DOW-UAP-D48, Department of the Air Force Report, 1996
Agency: Department of War
Incident date: 9/10/96
Page 15
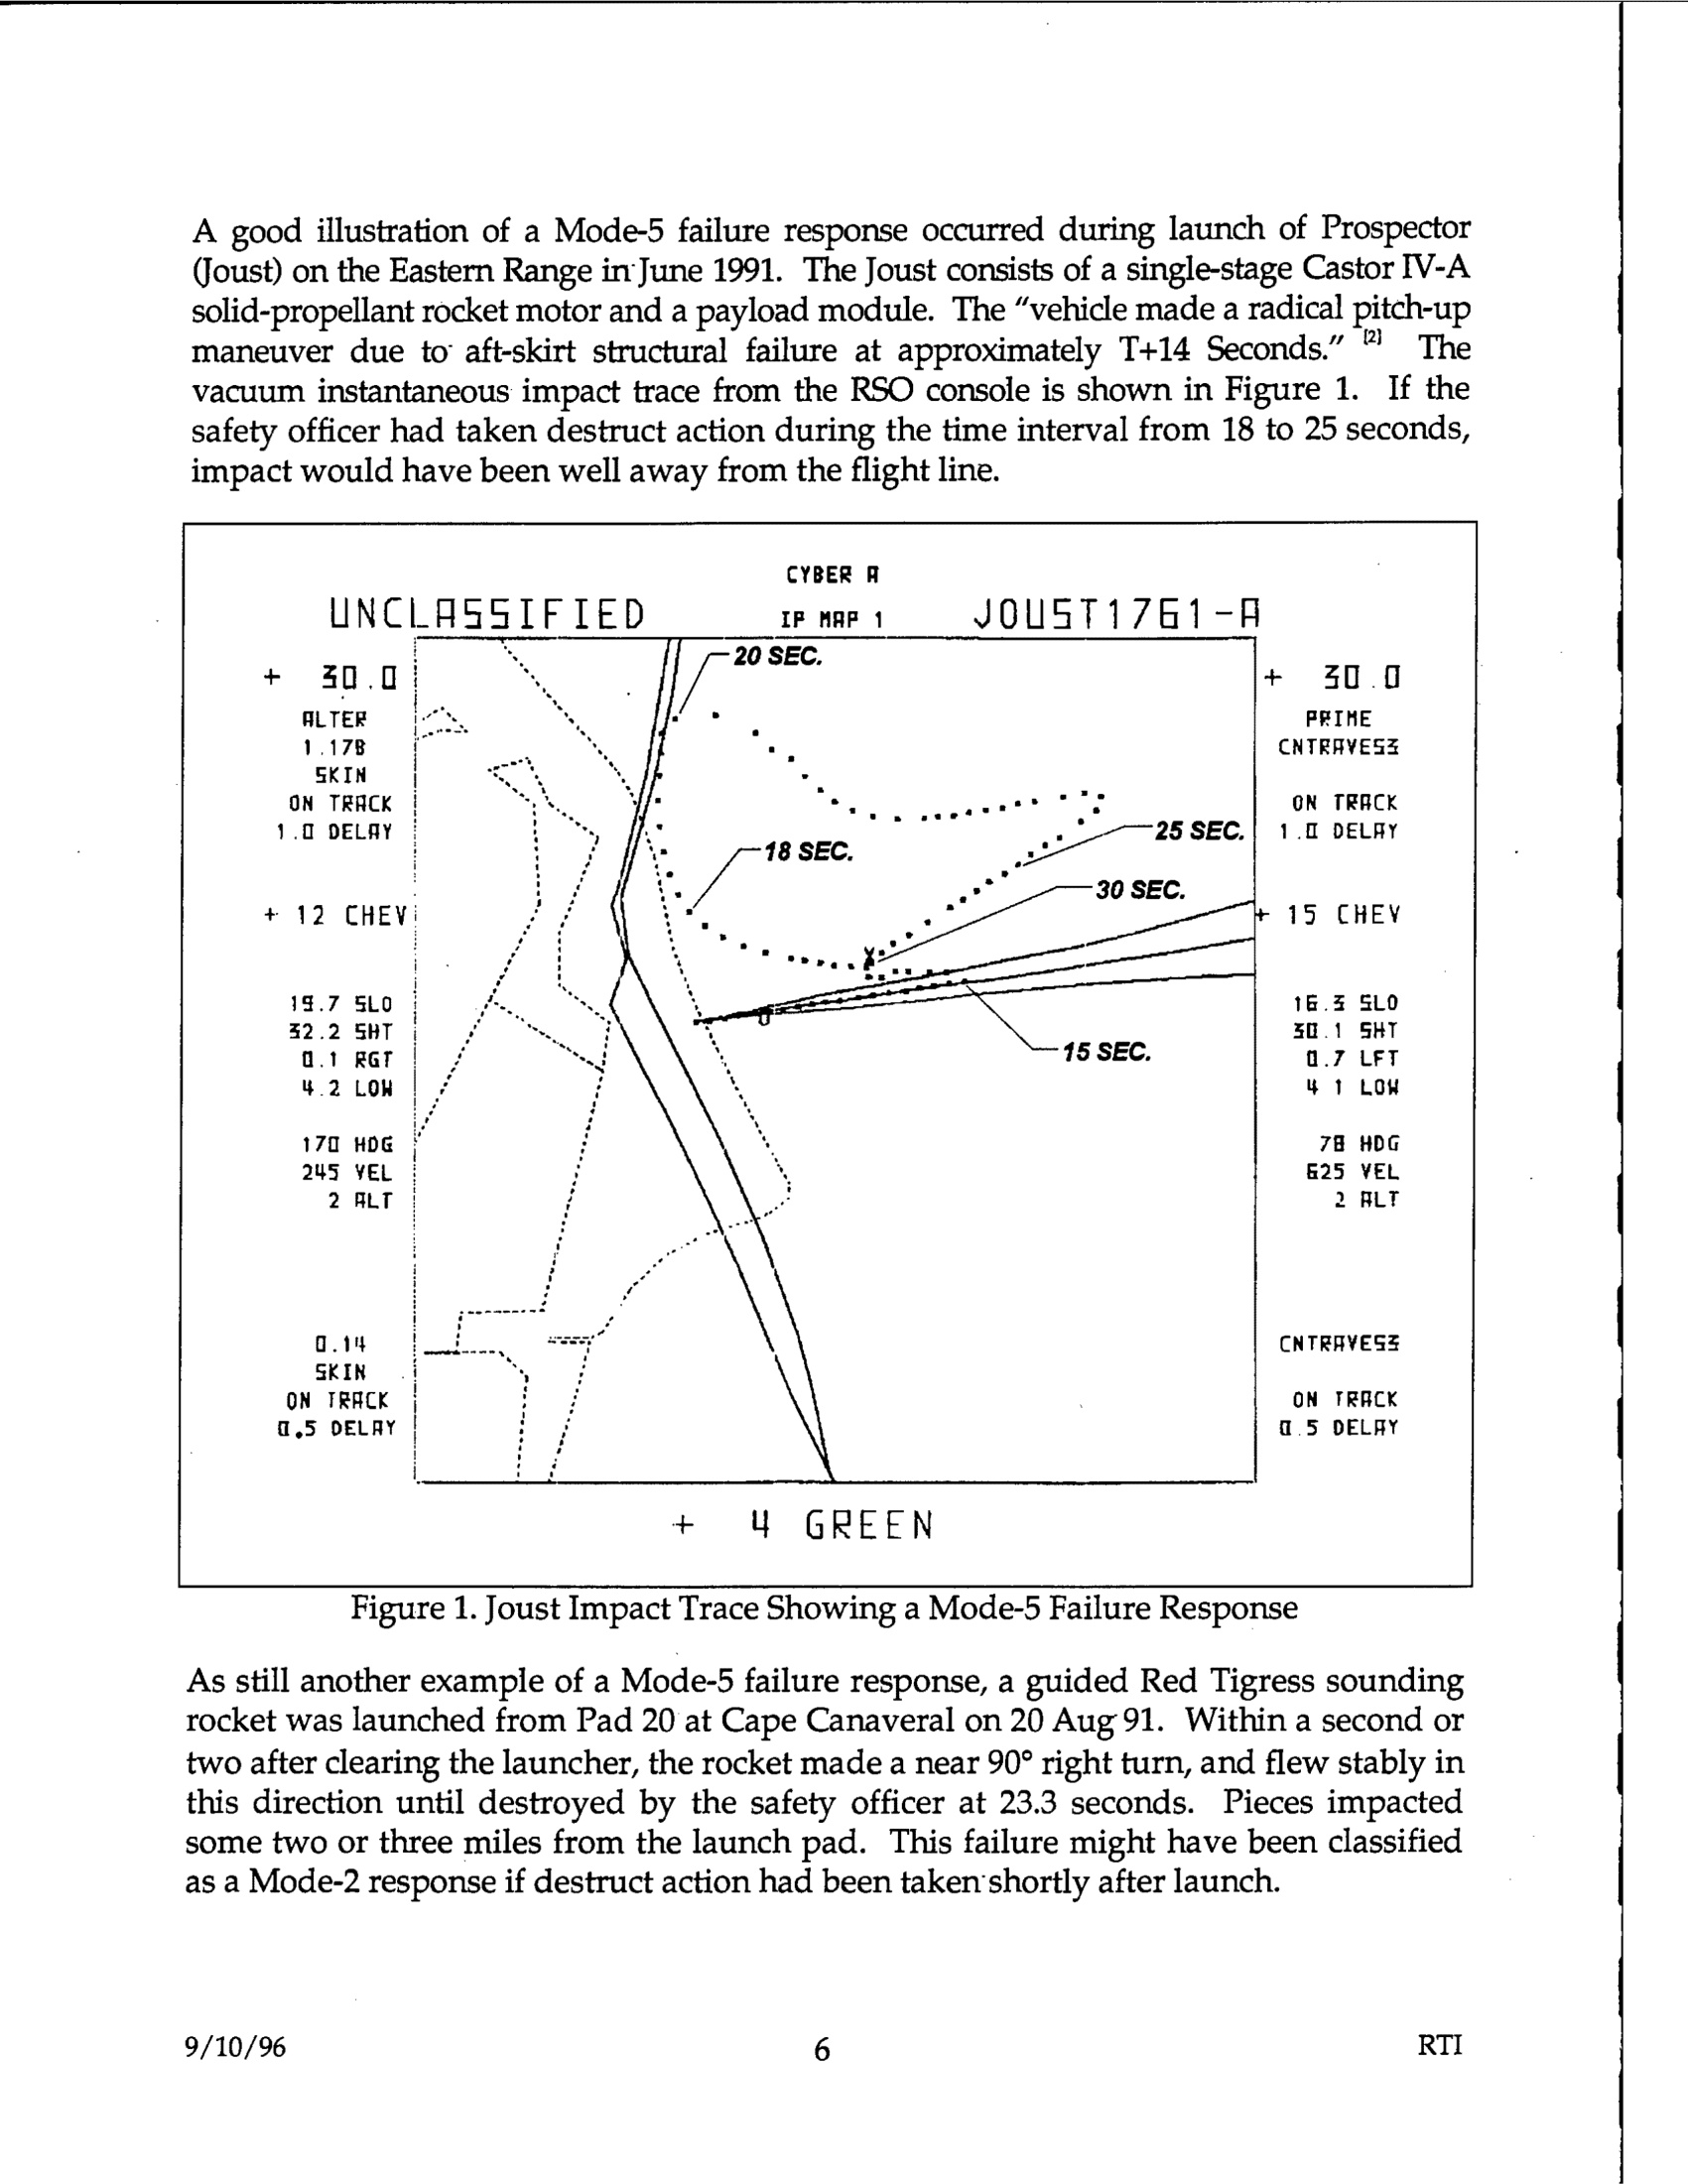